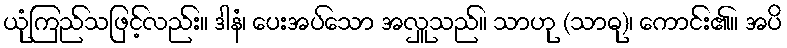
ယုံကြည်သဖြင့်လည်း။ ဒါနံ၊ ပေးအပ်သော အလှူသည်။ သာဟု (သာဓု)၊ ကောင်း၏။ အပိ